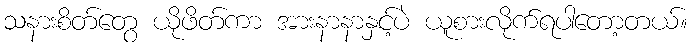
သနားစိတ်တွေ ယိုဖိတ်ကာ အားနာနာနှင့်ပဲ ယူစားလိုက်ရပါတော့တယ်။